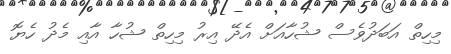
މިހިތް އަބަދުވެސް ޝުހާއަށް އެދޭ އިރު މިހިތް ޝުހާ އާއި މެދު ހެޔޮ